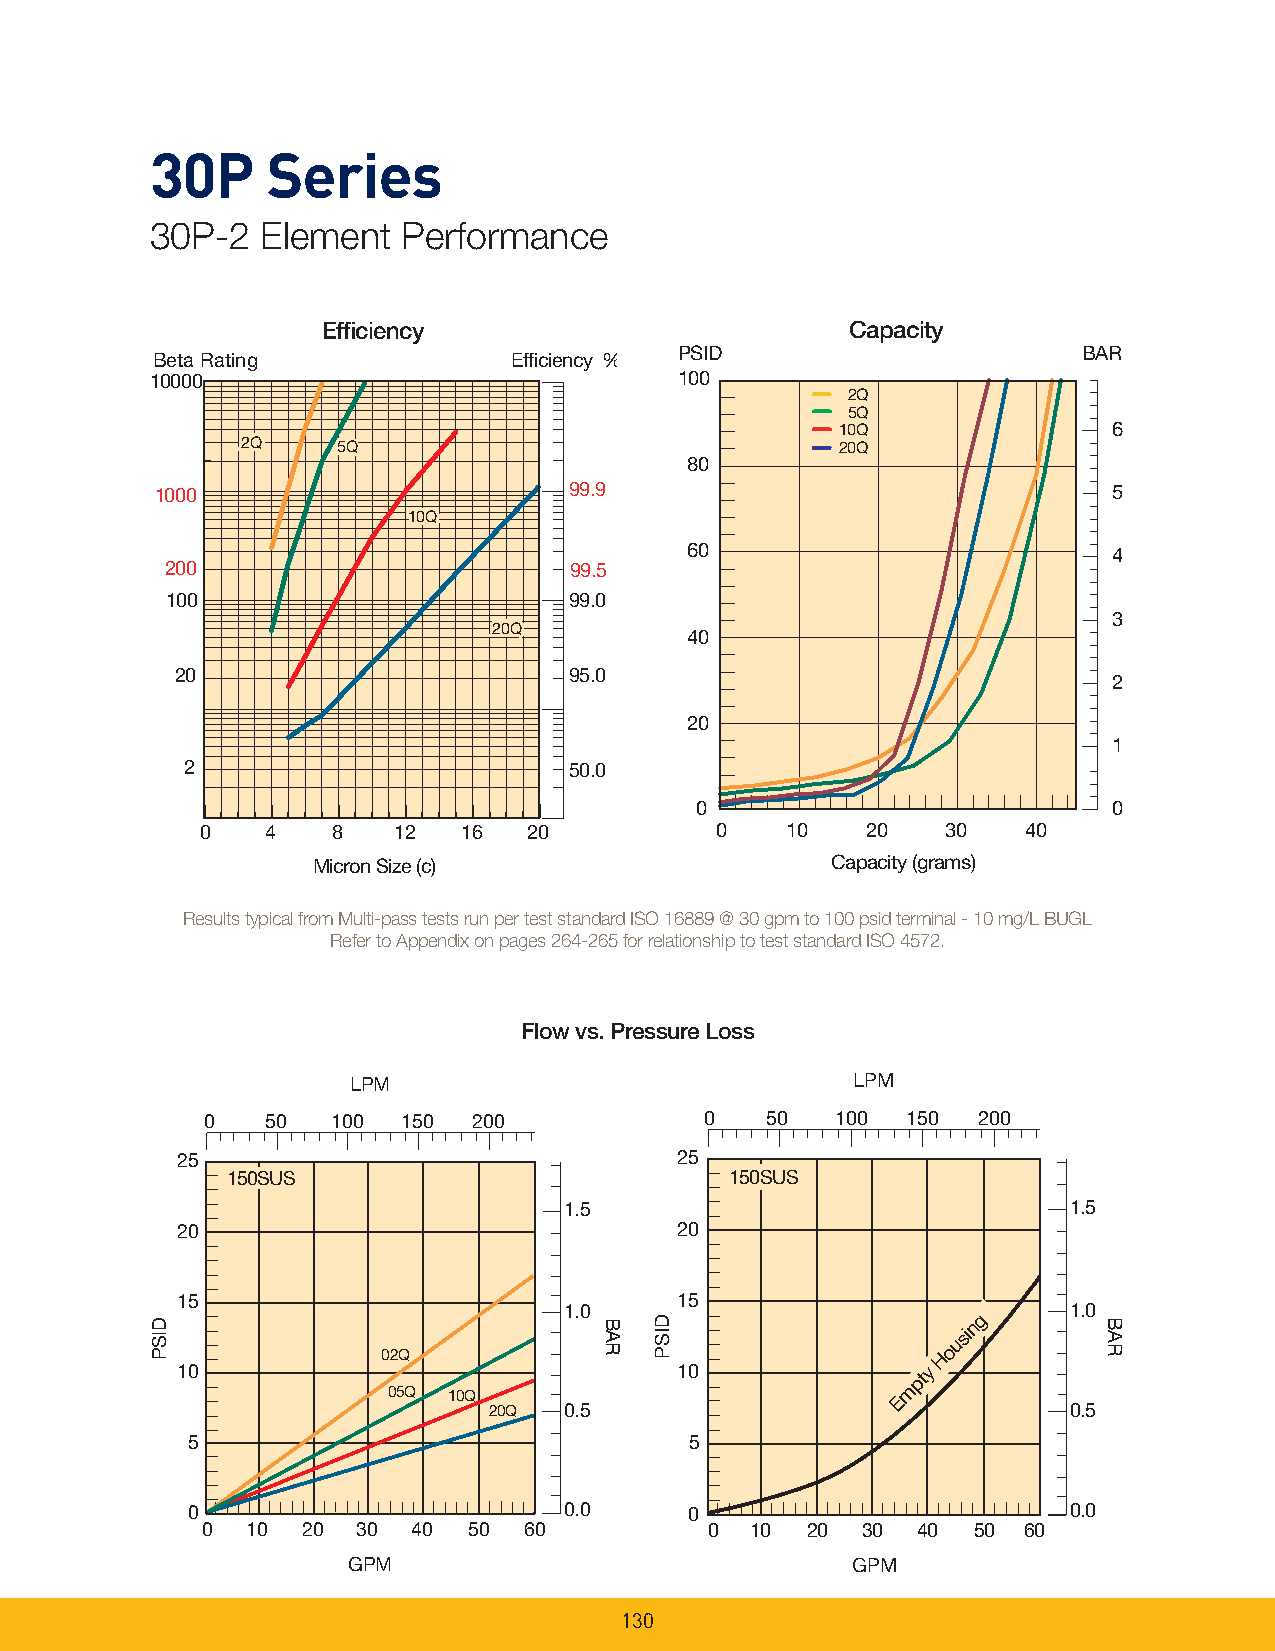
30P     Series
 30P-2  Element   Performance
 Efficiency                         Capacity
 PSID                       BAR
 Beta Rating             Efficiency %
 10000                              100
 2Q
 5Q
 10Q               6
 222QQQ 55QQ                             20Q
 80
 1000                        99.9                                5
 111000QQQ
 60                           4
 200                        99.5
 100                        99.0
 3
 222000QQQ
 40
 20                        95.0                                2
 20
 1
 2                         50.0
 0                           0
 0    4   8   12   16  20          0    10   20    30   40
 Micron Size (c)                   Capacity (grams)
 Results typical from Multi-pass tests run per test standard ISO 16889 @ 30 gpm to 100 psid terminal - 10 mg/L BUGL
 Refer to Appendix on pages 264-265 for relationship to test standard ISO 4572.
 Flow vs. Pressure Loss
 LPM                              LPM
 0   50  100  150 200             0   50  100  150  200
 25                               25
 1.5                               1.5
 20                               20
 15                               15
 1.0                               1.0
 g n
 si
 u
 02Q                                  Ho
 10                               10              y
 pt
 05Q 10Q                          Em
 20Q  0.5                               0.5
 5                                 5
 0                        0.0      0                        0.0
 0  10  20  30 40  50  60          0  10 20  30  40 50  60
 GPM                              GPM
 130
 DISP
 1 5 0 S U S
 BAR DISP
 1 5 0 S U S
 BAR